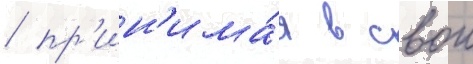
/ пр'ин'има́я в свои